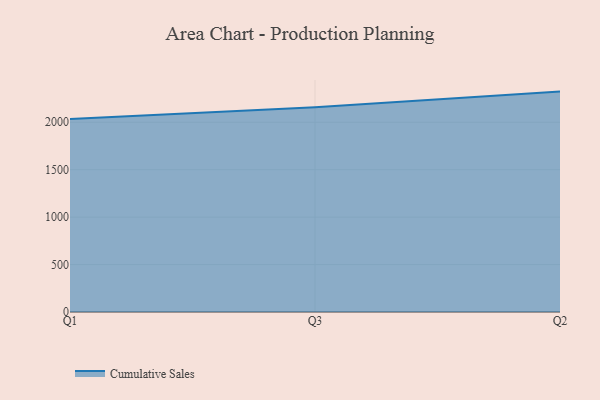
{"axis": {"x": "Quarter", "y": "Shipments"}, "legend": ["Cumulative Sales"], "data": [{"x": "Q1", "y": 2035.0, "type": "Cumulative Sales"}, {"x": "Q3", "y": 2158.4, "type": "Cumulative Sales"}, {"x": "Q2", "y": 2323.1, "type": "Cumulative Sales"}]}